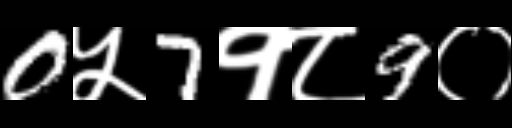
Text: 0५7१८9०